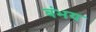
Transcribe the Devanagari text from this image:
बंभय